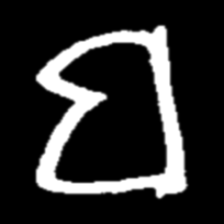
Pyu character \u2014 Myanmar letter: ဗ (romanized: ba)